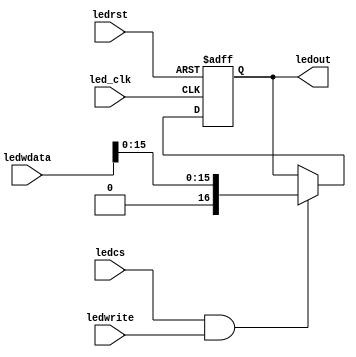
module leds(led_clk, ledrst, ledwrite,ledcs,ledwdata, ledout);
    input led_clk;    		    // 
    input ledrst; 		        // 
    input ledwrite;		       	// 
    input ledcs;		      	// memorioLED   !!!!!!!!!!!!!!!!!
            //  LED  !!!!!!!!!!!!!!!!!!!!
    input[31:0] ledwdata;	  	//  LED16
    output[16:0] ledout;		//  24LED
  
    reg [16:0] ledout;
    
    always@(negedge led_clk or posedge ledrst) begin
        if(ledrst) begin
            ledout <= 17'b10000000000000000;
        end
		else if(ledcs && ledwrite) begin
				ledout <=  {1'b0,ledwdata[15:0]} ;
        end
		else begin
            ledout <= ledout;
        end
    end
endmodule